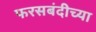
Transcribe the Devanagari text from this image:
फरसबंदीच्या